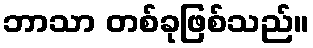
ဘာသာ တစ်ခုဖြစ်သည်။